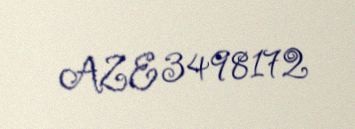
AZE 3498172